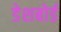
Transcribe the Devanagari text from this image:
डेशबोर्ड